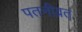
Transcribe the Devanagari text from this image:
पतनीव्रत